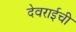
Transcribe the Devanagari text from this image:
देवराईची